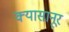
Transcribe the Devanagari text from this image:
क्यासानूर